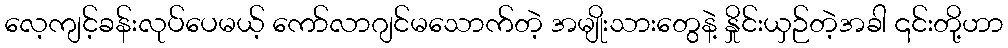
လေ့ကျင့်ခန်းလုပ်ပေမယ့် ကော်လာဂျင်မသောက်တဲ့ အမျိုးသားတွေနဲ့ နှိုင်းယှဉ်တဲ့အခါ ၎င်းတို့ဟာ